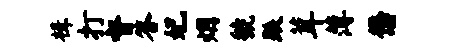
楫打督答妃烟虢跌茸薄懋